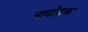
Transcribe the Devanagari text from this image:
पादोदक